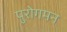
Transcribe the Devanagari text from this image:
पुरोगमन